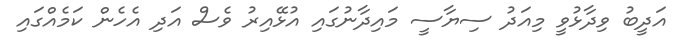
އަދީބު ވިދާޅުވީ މިއަދު ސިޔާސީ މައިދާނުގައި އުޅޭއިރު ވެސް އަދި އެހެން ކަމެއްގައި